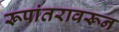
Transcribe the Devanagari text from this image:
रूपांतरावरून